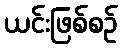
ယင်းဖြစ်စဉ်